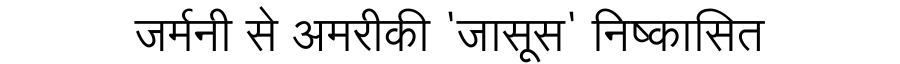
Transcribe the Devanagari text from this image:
जर्मनी से अमरीकी 'जासूस' निष्कासित